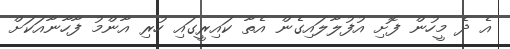
އެ ދެ މީހުން ފޮށި އުފުލާލައިގެން އެތާ ކައިރީގައި ހުރި އާންމު ފާހާނާއަކަށް